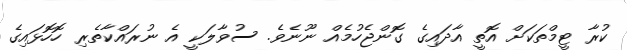
ކުރާ ޓީމްތަކަށް އޮތީ އާދައިގެ ގޮންޖެހުމެއް ނޫނެވެ. ސުވާލަކީ އެ ނުރައްކާތެރި ހޮހޮޅައިގެ